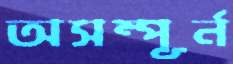
অসম্পূর্ন